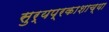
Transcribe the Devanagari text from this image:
सुर्यप्रकाशाच्या